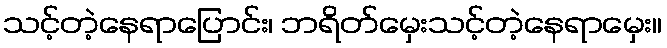
သင့်တဲ့နေရာပြောင်း၊ ဘရိတ်မှေးသင့်တဲ့နေရာမှေး။